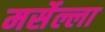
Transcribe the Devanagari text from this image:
मर्सेल्ला